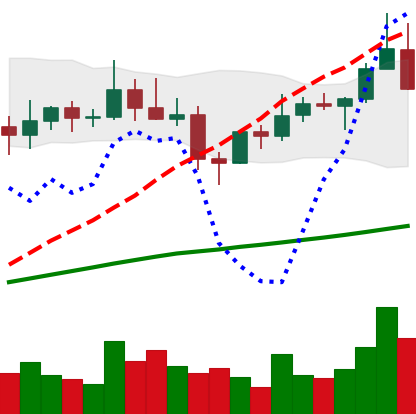
Ticker: XLM-USD
Chart end date: 2021-04-03
Forward return: 21.232%
Label: up_7plus